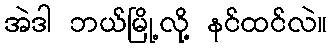
အဲဒါ ဘယ်မြို့လို့ နင်ထင်လဲ။